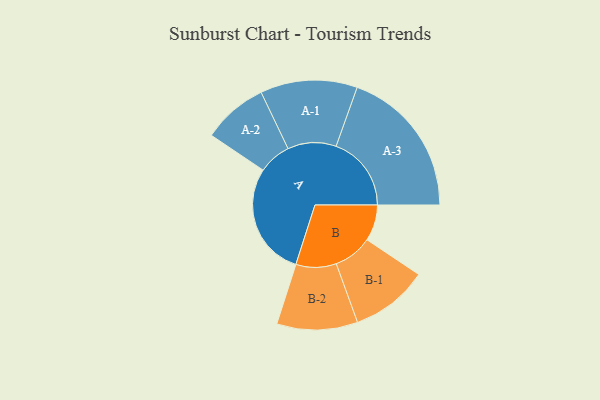
{"axis": {"x": "Segment", "y": "Value"}, "legend": ["", "A", "B"], "data": [{"x": "A", "y": 424, "type": ""}, {"x": "B", "y": 135, "type": ""}, {"x": "A-1", "y": 181, "type": "A"}, {"x": "A-2", "y": 122, "type": "A"}, {"x": "A-3", "y": 281, "type": "A"}, {"x": "B-1", "y": 145, "type": "B"}, {"x": "B-2", "y": 151, "type": "B"}]}